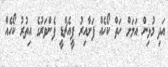
އަދި މުޅިން އަލަށް ހަތް ކޯހެއް ފަށާއިރު ޕީއެޗްޑީ ފެންވަރުގެ އިތުރު ކޯހެއް